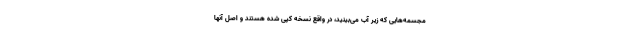
مجسمه‌هایی که زیر آب می‌بینید، در واقع نسخه کپی شده هستند و اصل آنها